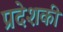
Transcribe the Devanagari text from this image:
प्रदेशकी